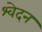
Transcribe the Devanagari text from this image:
श्वेदन